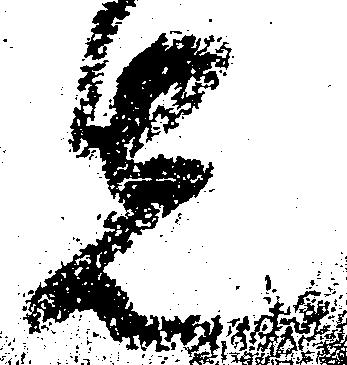
先